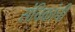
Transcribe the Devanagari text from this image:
संचिकांची